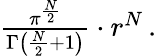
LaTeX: \begin{array}{r}{\frac{\pi^{\frac{N}{2}}}{\Gamma\left(\frac{N}{2}+1\right)}\cdot r^{N}\, .}\end{array}